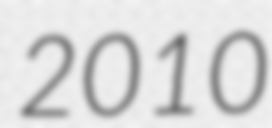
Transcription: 2010